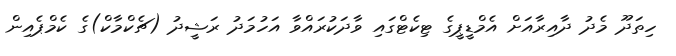
ހިތަދޫ މެދު ދާއިރާއަށް އެމްޑީޕީގެ ޓިކެޓްގައި ވާދަކުރައްވާ އަހުމަދު ރަޝީދު (ޗެކްމާކް)ގެ ކެމްޕެއިން